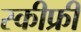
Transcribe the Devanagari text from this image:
स्कीफ्री